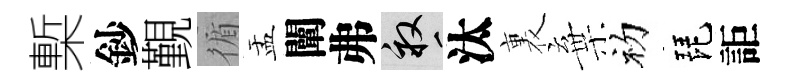
槧鈔覲循盂闡弗畝汰裏棄初琵詎